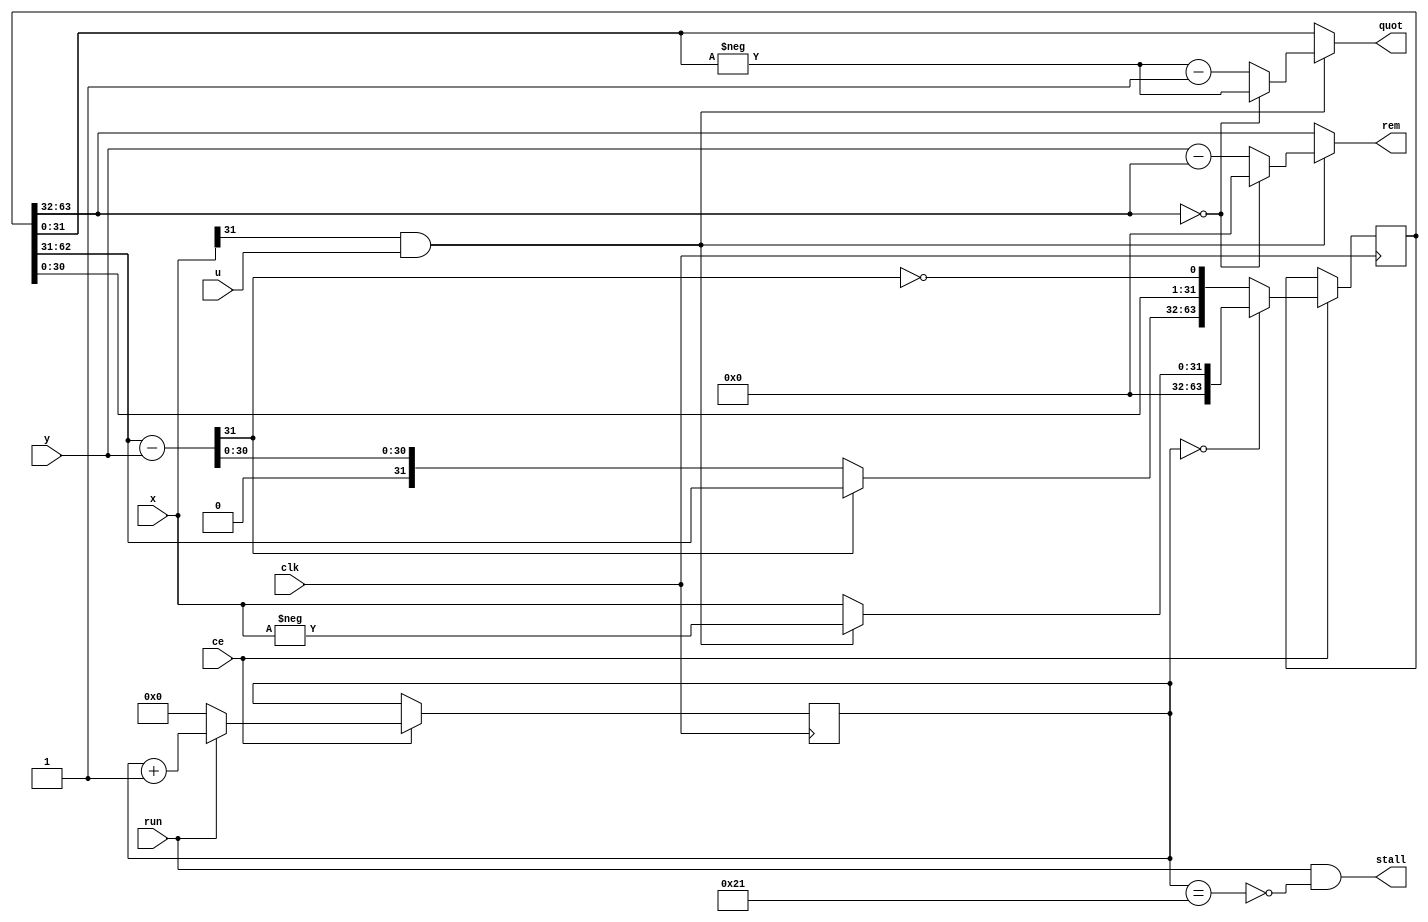
`timescale 1ns / 1ps  

/*Project Oberon, Revised Edition 2013

Book copyright (C)2013 Niklaus Wirth and Juerg Gutknecht;
software copyright (C)2013 Niklaus Wirth (NW), Juerg Gutknecht (JG), Paul
Reed (PR/PDR).

Permission to use, copy, modify, and/or distribute this software and its
accompanying documentation (the "Software") for any purpose with or
without fee is hereby granted, provided that the above copyright notice
and this permission notice appear in all copies.

THE SOFTWARE IS PROVIDED "AS IS" AND THE AUTHORS DISCLAIM ALL WARRANTIES
WITH REGARD TO THE SOFTWARE, INCLUDING ALL IMPLIED WARRANTIES OF
MERCHANTABILITY, FITNESS AND NONINFRINGEMENT.  IN NO EVENT SHALL THE
AUTHORS BE LIABLE FOR ANY CLAIM, SPECIAL, DIRECT, INDIRECT, OR
CONSEQUENTIAL DAMAGES OR ANY DAMAGES OR LIABILITY WHATSOEVER, WHETHER IN
AN ACTION OF CONTRACT, TORT OR OTHERWISE, ARISING FROM, OUT OF OR IN
CONNECTION WITH THE DEALINGS IN OR USE OR PERFORMANCE OF THE SOFTWARE.*/

// NW 20.9.2015

module Divider(
  input clk, ce, run, u,
  output stall,
  input [31:0] x, y,  // y > 0
  output [31:0] quot, rem);

reg [5:0] S;  // state
reg [63:0] RQ;
wire sign;
wire [31:0] x0, w0, w1;

assign stall = run & ~(S == 33);
assign sign = x[31] & u;
assign x0 = sign ? -x : x;
assign w0 = RQ[62: 31];
assign w1 = w0 - y;
assign quot = ~sign ? RQ[31:0] :
  (RQ[63:32] == 0) ? -RQ[31:0] : -RQ[31:0] - 1;
assign rem = ~sign ? RQ[63:32] :
  (RQ[63:32] == 0) ? 0 : y - RQ[63:32];

always @ (posedge(clk)) if(ce) begin
  RQ <= (S == 0) ? {32'b0, x0} : {(w1[31] ? w0 : w1), RQ[30:0], ~w1[31]};
  S <= run ? S+1 : 0;
end
endmodule